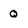
Character: Q